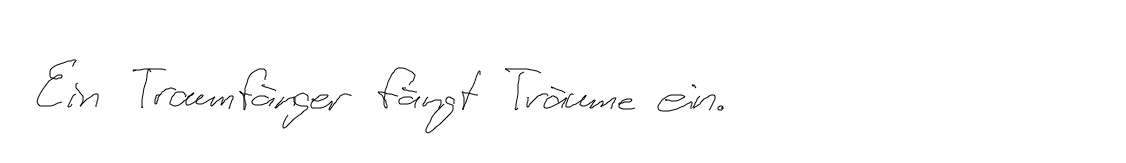
Ein Traumfänger fängt Träume ein.